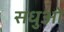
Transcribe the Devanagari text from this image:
सधुओ